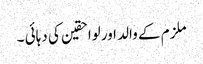
ملزم کے والد اورلواحقین کی دہائی ۔